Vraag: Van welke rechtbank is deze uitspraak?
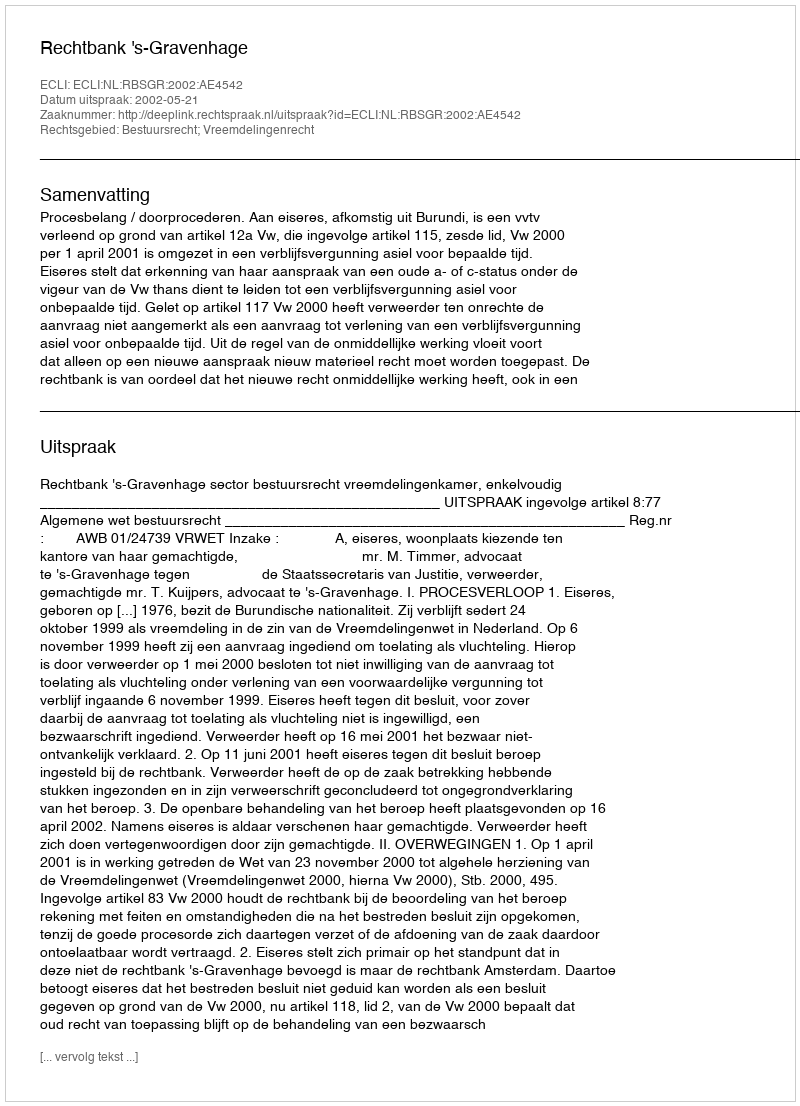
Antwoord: Rechtbank 's-Gravenhage